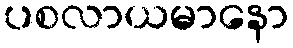
ပစလာယမာနော